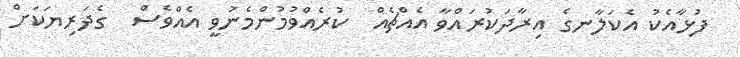
ފުޅާއެކު އެކަލާނގެ އިރާދަކުރައްވާ އެއްޗެއް  ކުރެއްވުމުންމެނުވީ އެއްވެސް  ގެދަރިޔަކަށް